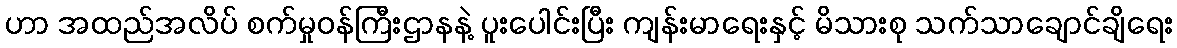
ဟာ အထည်အလိပ် စက်မှုဝန်ကြီးဌာနနဲ့ ပူးပေါင်းပြီး ကျန်းမာရေးနှင့် မိသားစု သက်သာချောင်ချိရေး